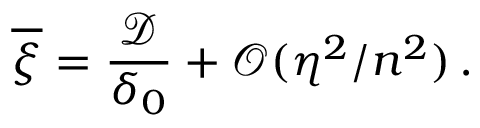
\overline { { \xi } } = \frac { \mathcal { D } } { \delta _ { 0 } } + \mathcal { O } ( \eta ^ { 2 } / n ^ { 2 } ) \, .